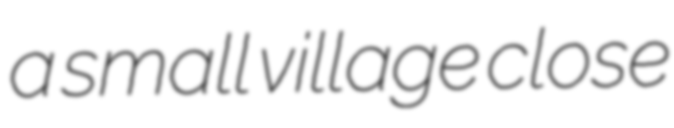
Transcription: a small village close